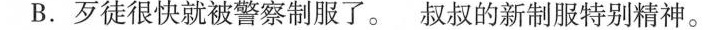
B.歹徒很快就被警察制服了。叔叔的新制服特别精神。